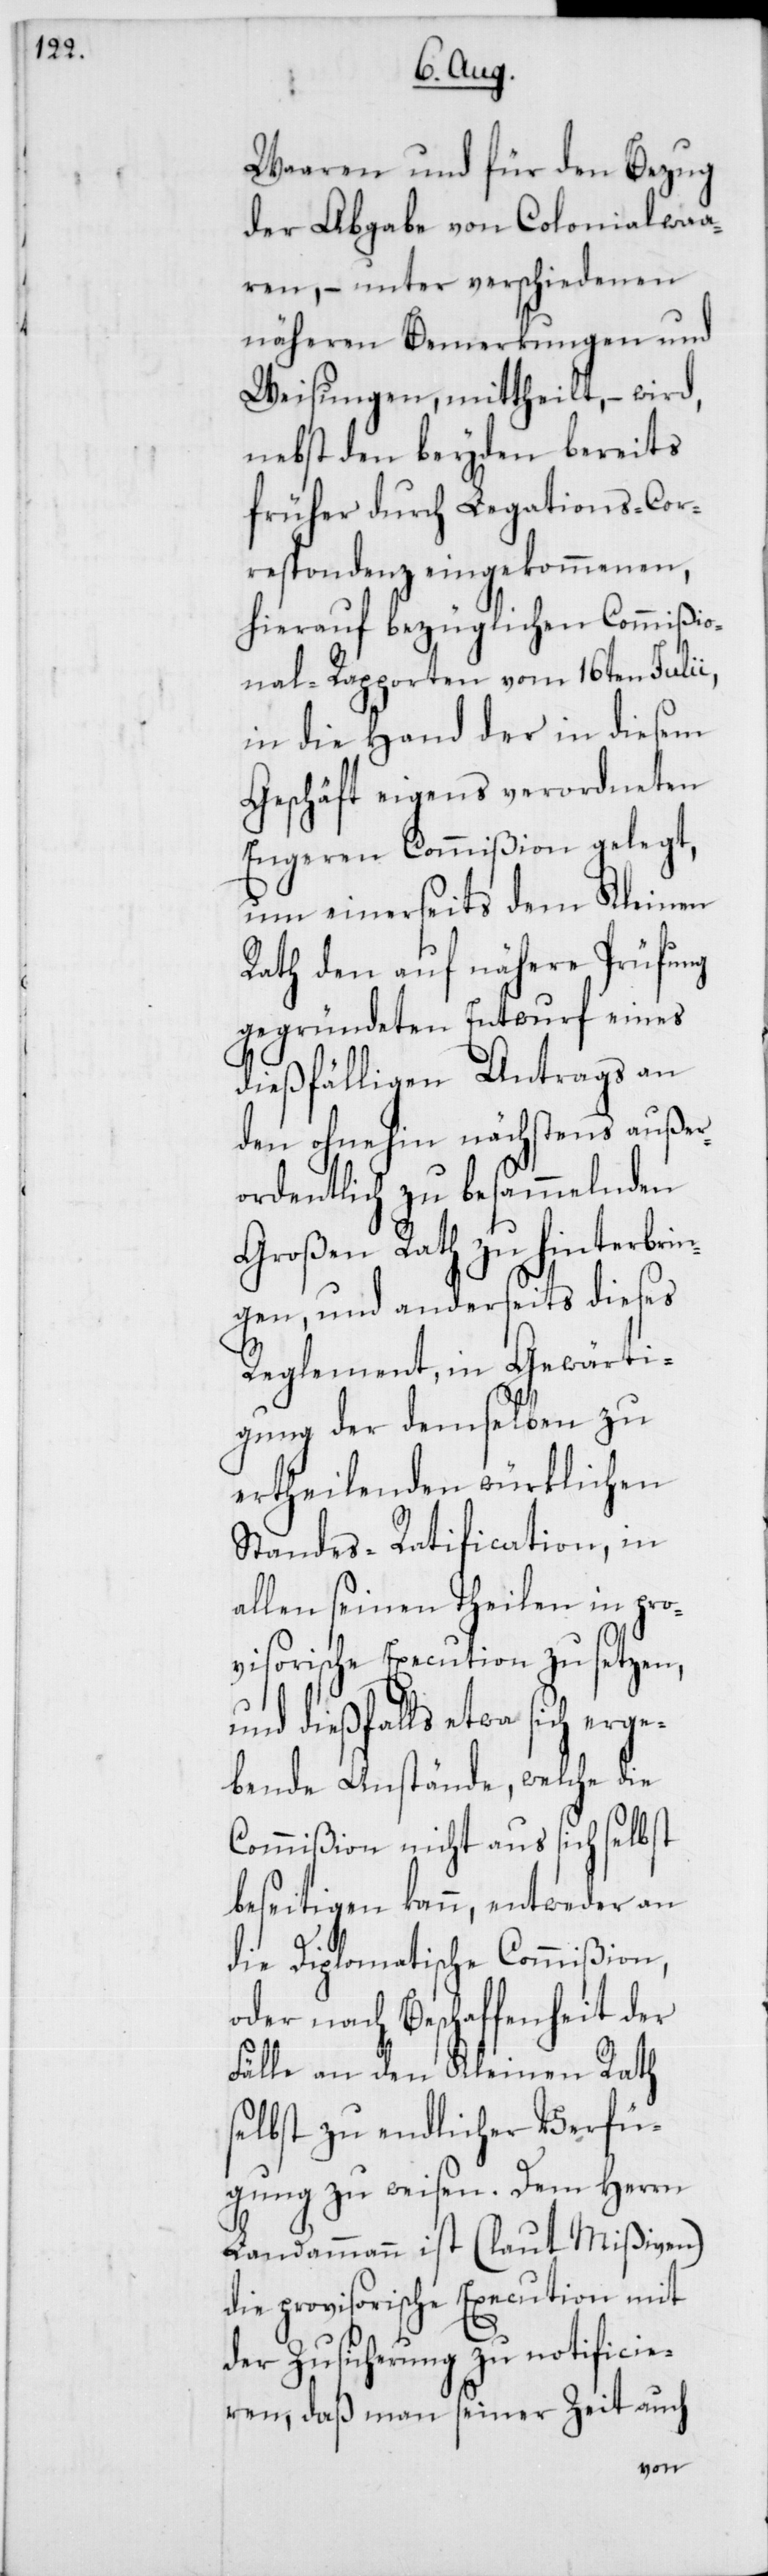
Waaren und für den Bezug
der Abgabe von Colonialwaa¬
ren, – unter verschiedenen
näheren Bemerkungen und
Weisungen, mittheilt, – wird,
nebst den beyden bereits
früher durch Legations-Cor¬
respondenz eingekommenen,
hierauf bezüglichen Commißio¬
nal-Rapporten vom 16ten Julii,
in die Hand der in diesem
Geschäft eigens verordneten
Engeren Commißion gelegt,
um einerseits dem Kleinen
Rath den auf nähere Prüfung
gegründeten Entwurfs eines
dießfälligen Antrags an
den ohnehin nächstens außer¬
ordentlich zu besammelnden
Großen Rath zu hinterbrin¬
gen, und anderseits dieses
Reglement, in Gewärti¬
gung der demselben zu
ertheilenden würklichen
Standes-Ratification, in
allen seinen Theilen in pro¬
visorische Execution zu setzen,
dießfalls etwa sich erge¬
bende Anstände, welche die
Commißion nicht aus sich selbst
beseitigen kann, entweder an
die Diplomatische Commißion,
oder nach Beschaffenheit der
Fälle an den Kleinen Rath
selbst zu endlicher Verfü¬
gung zu weisen. Dem Herrn
Landammann ist (laut Mißiven)
die provisorische Execution mit
der Zusicherung zu notificie¬
ren, daß man seiner Zeit auch